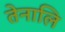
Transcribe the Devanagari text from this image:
तेनालि